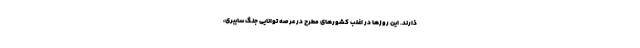
ذارند. این روزها در اغلب کشورهای مطرح در عرصه توانایی جنگ سایبری،